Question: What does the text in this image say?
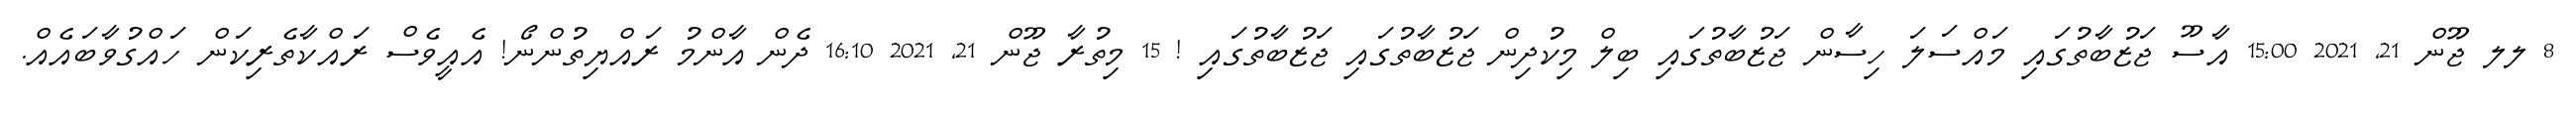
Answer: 8 ލލ ޖޫން 21, 2021 15:00 އާސޫ ޖަޒުބާތުގައި މައްސަލަ ހިސާން ޖަޒުބާތުގައި ބިލް މިކުދިން ޖަޒުބާތުގައި ޖަޒުބާތުގައި ! 15 މިތުރާ ޖޫން 21, 2021 16:10 ދެން އާންމު ރައްޔިތުންނޯ! އެއީވެސް ރައްކާތެރިކަން ހައްގުވާބައެއް.